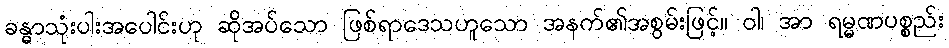
ခန္ဓာသုံးပါးအပေါင်းဟု ဆိုအပ်သော ဖြစ်ရာဒေသဟူသော အနက်၏အစွမ်းဖြင့်။ ဝါ၊ အာ ရမ္မဏပစ္စည်း